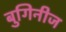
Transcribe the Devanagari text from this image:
बुगिनीज